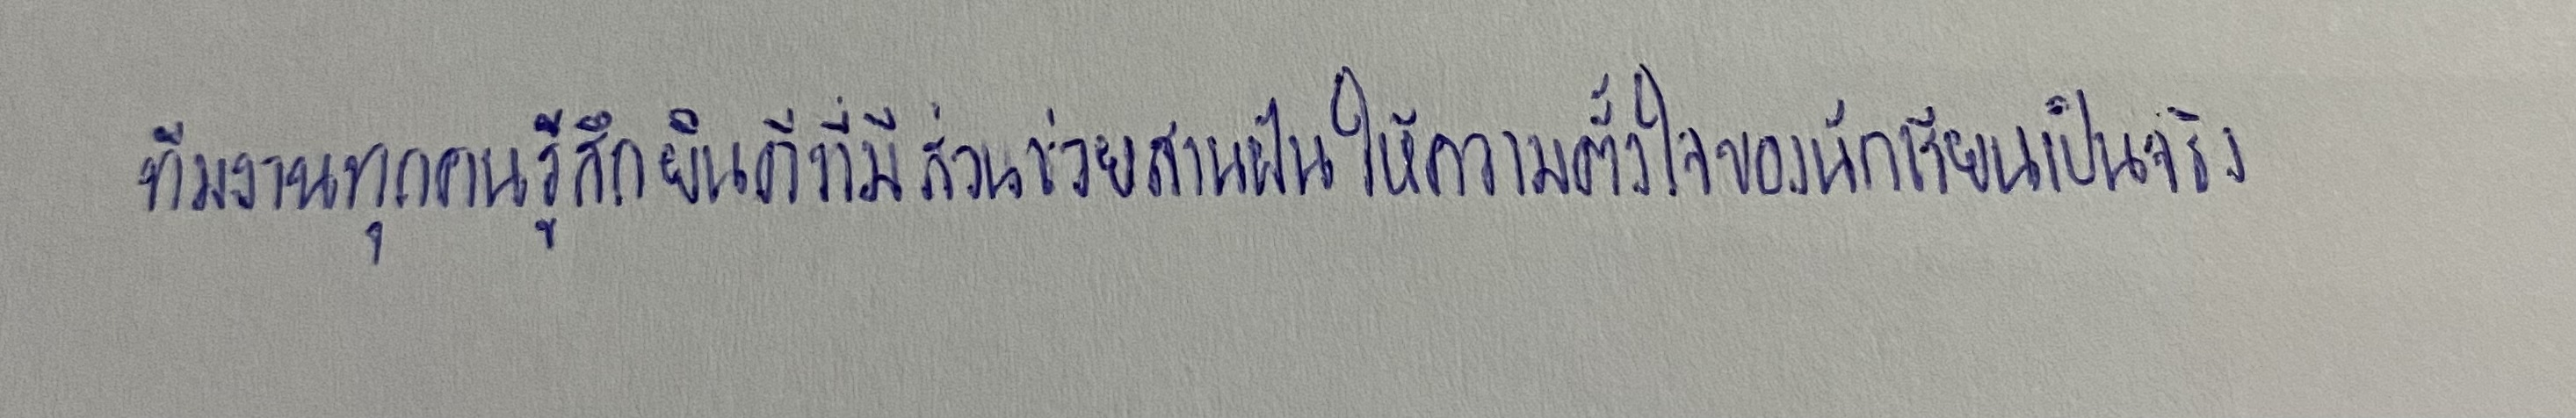
ทีมงานทุกคนรู้สึกยินดีที่มีส่วนช่วยสานฝันให้ความตั้งใจของนักเรียนเป็นจริง